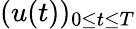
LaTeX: (u(t))_{0\leq t\leq T}